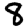
Digit: 8